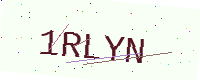
Text: 1RLYN